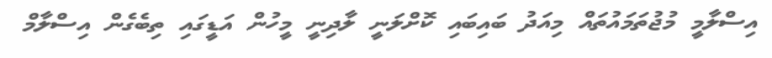
އިސްލާމީ މުޖުތަމައުތައް މިއަދު ބައިބައި ކޮށްލަނީ ލާދިނީ މީހުން އަޑީގައި ތިބެގެން އިސްލާމް